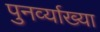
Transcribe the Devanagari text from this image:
पुनर्व्‍याख्‍या